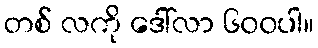
တစ် လကို ဒေါ်လာ ၆၀၀ပါ။